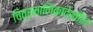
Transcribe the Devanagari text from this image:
चित्रमालिकादेखील